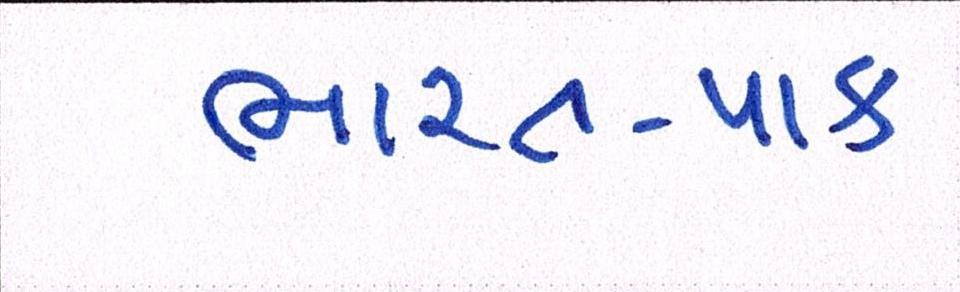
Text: ભારત-પાક